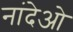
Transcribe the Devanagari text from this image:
नांदेओ